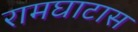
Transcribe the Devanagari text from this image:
रामघाटास